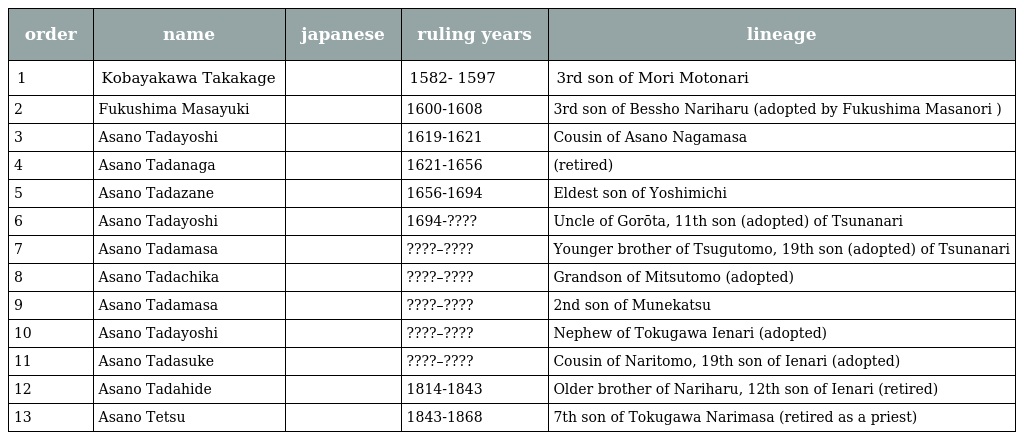
| order | name | japanese | ruling years | lineage |
 | --- | --- | --- | --- | --- |
 | 1 | Kobayakawa Takakage | 小早川 隆景 | 1582- 1597 | 3rd son of Mori Motonari |
 | 2 | Fukushima Masayuki | 福島 正之 | 1600-1608 | 3rd son of Bessho Nariharu (adopted by Fukushima Masanori ) |
 | 3 | Asano Tadayoshi | 浅野 忠吉 | 1619-1621 | Cousin of Asano Nagamasa |
 | 4 | Asano Tadanaga | 浅野 忠長 | 1621-1656 | (retired) |
 | 5 | Asano Tadazane | 浅野 忠真 | 1656-1694 | Eldest son of Yoshimichi |
 | 6 | Asano Tadayoshi | 浅野 忠義 | 1694-???? | Uncle of Gorōta, 11th son (adopted) of Tsunanari |
 | 7 | Asano Tadamasa | 浅野 忠綏 | ????–???? | Younger brother of Tsugutomo, 19th son (adopted) of Tsunanari |
 | 8 | Asano Tadachika | 浅野 忠晨 | ????–???? | Grandson of Mitsutomo (adopted) |
 | 9 | Asano Tadamasa | 浅野 忠正 | ????–???? | 2nd son of Munekatsu |
 | 10 | Asano Tadayoshi | 浅野 忠愛 | ????–???? | Nephew of Tokugawa Ienari (adopted) |
 | 11 | Asano Tadasuke | 浅野 忠順 | ????–???? | Cousin of Naritomo, 19th son of Ienari (adopted) |
 | 12 | Asano Tadahide | 浅野 忠敬 | 1814-1843 | Older brother of Nariharu, 12th son of Ienari (retired) |
 | 13 | Asano Tetsu | 浅野 忠 | 1843-1868 | 7th son of Tokugawa Narimasa (retired as a priest) |